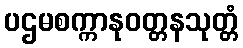
ပဌမစက္ကာနုဝတ္တနသုတ္တံ